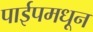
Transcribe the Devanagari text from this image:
पाईपमधून